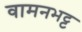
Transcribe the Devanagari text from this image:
वामनभट्ट